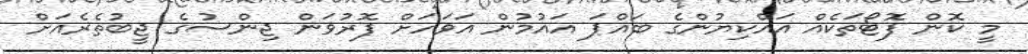
މީ ކޮން ފޮޓޯތަކެއް އައްކިޔުންގެ ބައްޕަ އައުމުން އަވަހަށް ފޮރުވަން ޖިންސުގެ ޖީބުތެރެއަށް